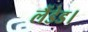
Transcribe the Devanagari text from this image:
लैंडेड।